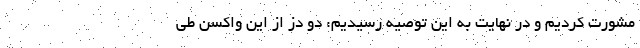
مشورت کردیم و در نهایت به این توصیه رسیدیم: دو دُز از این واکسن طی